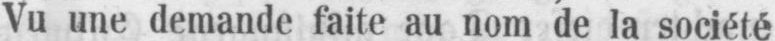
Vu une demande faite au nom de la société